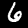
Label: 6